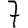
Digit: 7